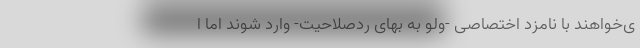
ی‌خواهند با نامزد اختصاصی -ولو به بهای رد‌صلاحیت- وارد شوند اما ا